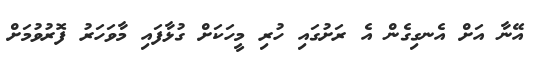
އޭނާ އަށް އެނގިގެން އެ ރަށުގައި ހުރި މީހަކަށް ގުޅާފައި މާވަހަރު ފޮރުވުމަށް